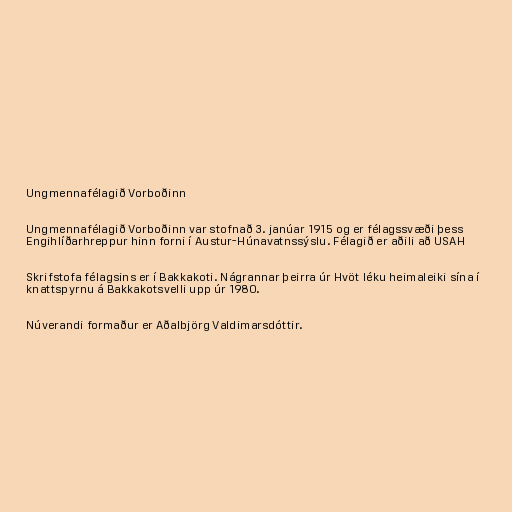
Ungmennafélagið Vorboðinn

Ungmennafélagið Vorboðinn var stofnað 3. janúar 1915 og er félagssvæði þess
Engihlíðarhreppur hinn forni í Austur-Húnavatnssýslu. Félagið er aðili að USAH

Skrifstofa félagsins er í Bakkakoti. Nágrannar þeirra úr Hvöt léku heimaleiki sína í
knattspyrnu á Bakkakotsvelli upp úr 1980.

Núverandi formaður er Aðalbjörg Valdimarsdóttir.